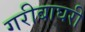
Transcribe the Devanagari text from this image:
गरीबाघरी